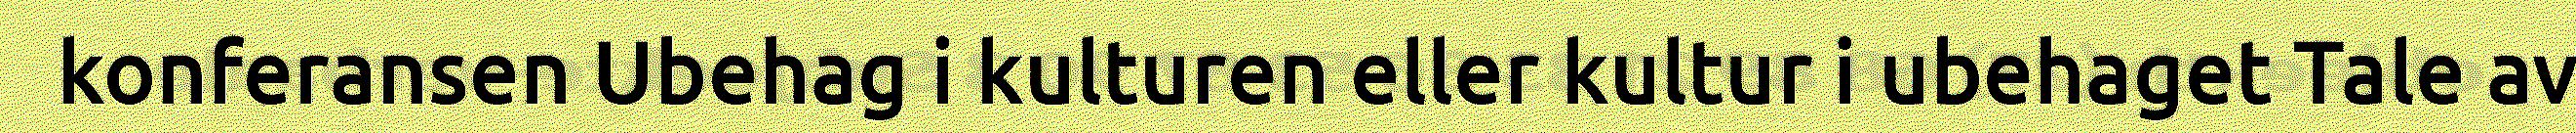
konferansen Ubehag i kulturen eller kultur i ubehaget Tale av